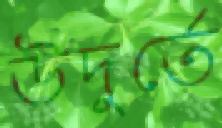
উদুর্তে